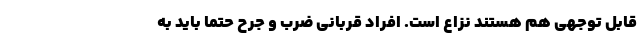
قابل توجهی هم هستند نزاع است. افراد قربانی ضرب و جرح حتما باید به